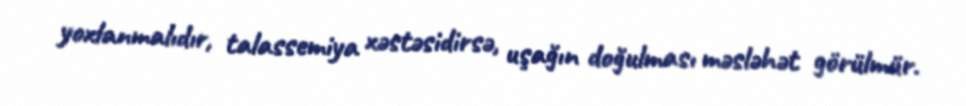
yoxlanmalıdır, talassemiya xəstəsidirsə, uşağın doğulması məsləhət görülmür.